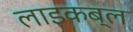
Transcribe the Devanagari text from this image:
लाइकब्ल